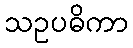
သဥပဓိကာ